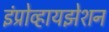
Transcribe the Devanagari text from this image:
इंप्रोव्हायझेशन